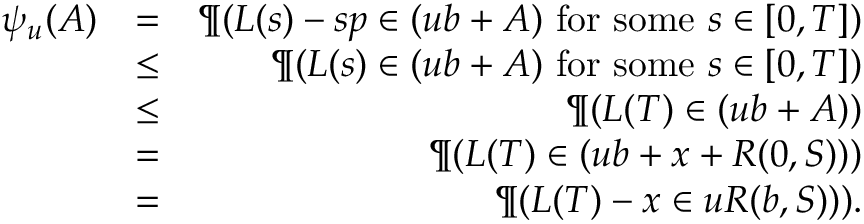
\begin{array} { r l r } { \psi _ { u } ( A ) } & { = } & { \P ( \boldsymbol L ( s ) - s \boldsymbol p \in ( u \boldsymbol b + A ) \mathrm { ~ f o r ~ s o m e ~ } s \in [ 0 , T ] ) } \\ & { \leq } & { \P ( \boldsymbol L ( s ) \in ( u \boldsymbol b + A ) \mathrm { ~ f o r ~ s o m e ~ } s \in [ 0 , T ] ) } \\ & { \leq } & { \P ( \boldsymbol L ( T ) \in ( u \boldsymbol b + A ) ) } \\ & { = } & { \P ( \boldsymbol L ( T ) \in ( u \boldsymbol b + \boldsymbol x + R ( \boldsymbol 0 , S ) ) ) } \\ & { = } & { \P ( \boldsymbol L ( T ) - \boldsymbol x \in u R ( \boldsymbol b , S ) ) ) . } \end{array}